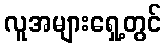
လူအများရှေ့တွင်